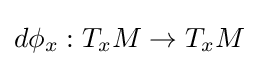
d\phi _{x}:T_{x}M\to T_{x}M